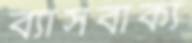
ব্যাসবাক্য